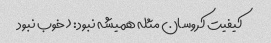
کیفیت کروسان مثله همیشه نبود: (خوب نبود